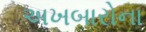
અખબારોના